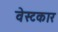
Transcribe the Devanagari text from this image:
वेस्टकार